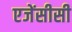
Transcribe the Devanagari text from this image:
एजेंसीसी